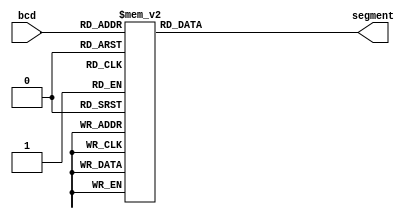
/*    bcd_7segment.v      */

// bcd   7segment    
module bcd_7segment(bcd,segment);
// bcd segment      

input [3:0] bcd; // 4     (A, B, C, D)
output reg [6:0] segment; // 7    
//    reg  (a, b, c, d, e, f, g)

always @(bcd)
// t=0 bcd       
begin 
	case(bcd) // bcd  segment  
		
		4'd0 : segment = 7'b100_000_0; // 0 
		4'd1 : segment = 7'b111_100_1; // 1 
		4'd2 : segment = 7'b010_010_0; // 2 
		4'd3 : segment = 7'b011_000_0; // 3 
		4'd4 : segment = 7'b001_100_1; // 4 
		4'd5 : segment = 7'b001_001_0; // 5 
		4'd6 : segment = 7'b000_001_0; // 6 
		4'd7 : segment = 7'b101_100_0; // 7 
		4'd8 : segment = 7'b000_000_0; // 8 
		4'd9 : segment = 7'b001_000_0; // 9 
		
		default : segment = 7'b111_111_0; //   - 	
		//      
	endcase 
	/*
	case(bcd) // bcd  segment  
		
		4'd0 : segment = ~7'b011_111_1; // 0 
		4'd1 : segment = ~7'b000_011_0; // 1 
		4'd2 : segment = ~7'b101_101_1; // 2 
		4'd3 : segment = ~7'b100_111_1; // 3 
		4'd4 : segment = ~7'b110_011_0; // 4 
		4'd5 : segment = ~7'b110_110_1; // 5 
		4'd6 : segment = ~7'b111_110_1; // 6 
		4'd7 : segment = ~7'b010_011_1; // 7 
		4'd8 : segment = ~7'b111_111_1; // 8 
		4'd9 : segment = ~7'b110_111_1; // 9 
		
		default : segment = ~7'b000_000_1; //   - 
		//      
	endcase 
	*/	
end

endmodule //bcd to 7segment